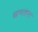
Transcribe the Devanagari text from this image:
खणताना